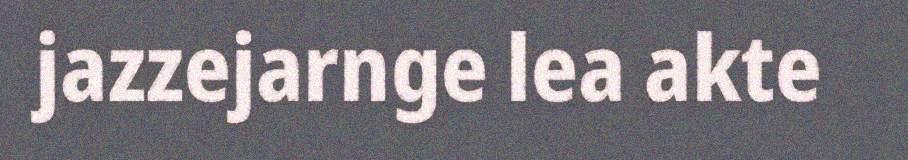
jazzejarnge lea akte